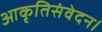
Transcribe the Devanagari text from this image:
आकृतिसंवेदन।